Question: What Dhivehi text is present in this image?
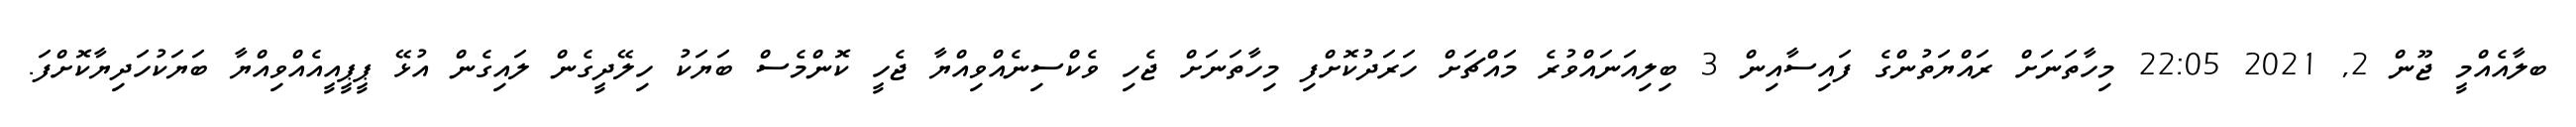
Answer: ބލާއެއްމީ ޖޫން 2, 2021 22:05 މިހާތަނަށް ރައްޔަތުންގެ ފައިސާއިން 3 ބިލިއަނައްވުރެ މައްޗަށް ހަރަދުކޮށްފި މިހާތަނަށް ޖެހި ވެކްސިނެއްވިއްޔާ ޖެހީ ކޮންމެސް ބަޔަކު ހިލޭދީގެން ލައިގެން އުޅޭ ޕީޕީއީއެއްވިއްޔާ ބަޔަކުހަދިޔާކޮށްފަ.